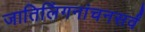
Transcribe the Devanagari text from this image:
जातिलिंगनांचनसर्वं